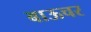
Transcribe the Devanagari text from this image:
बाऊचर